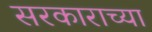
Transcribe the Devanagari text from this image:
सरकाराच्या